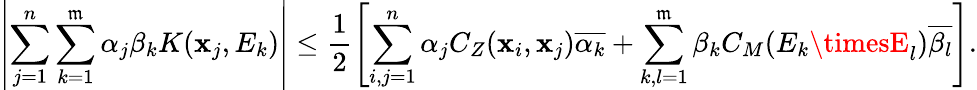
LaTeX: \left|\sum_{j=1}^{n}\sum_{k=1}^{\mathfrak{m}}\alpha_{j}\beta_{k}K(\mathbf{x}_{j},E_{k})\right|\leq\frac{{1}}{{2}}\left[\sum_{i,j=1}^{n}\alpha_{j}C_{Z}(\mathbf{x}_{i},\mathbf{x}_{j})\overline{{{\alpha_{k}}}}+\sum_{k,l=1}^{\mathfrak{m}}\beta_{k}C_{M}(E_{k}\timesE_{l})\overline{{{\beta_{l}}}}\right].